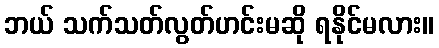
ဘယ် သက်သတ်လွတ်ဟင်းမဆို ရနိုင်မလား။